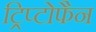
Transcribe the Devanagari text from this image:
ट्रिप्टोफैन